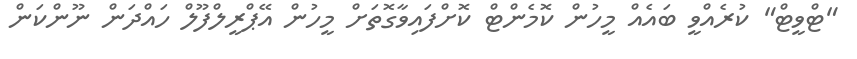
"ޓްވީޓް" ކުރެއްވީ ބައެއް މީހުން ކޮމެންޓް ކޮށްފައިވާގޮތަށް މީހުން އޭޕްރީލްފޫލް ހައްދަން ނޫންކަން